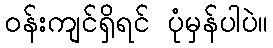
ဝန်းကျင်ရှိရင် ပုံမှန်ပါပဲ။